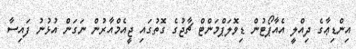
އިންޑިިޢާގެ ދިއްލީ އެއާޕޯޓުން ޑިވޮލަޕްމަންޓް ޗާޖުގެ ގޮތުގައި ޖީއެމްއާރުން ނަގަން އުޅުނު ފައިސާ